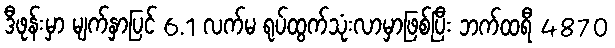
ဒီဖုန်းမှာ မျက်နှာပြင် 6.1 လက်မ ရုပ်ထွက်သုံးလာမှာဖြစ်ပြီး ဘက်ထရီ 4870